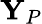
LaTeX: {\mathbf Y}_{P}